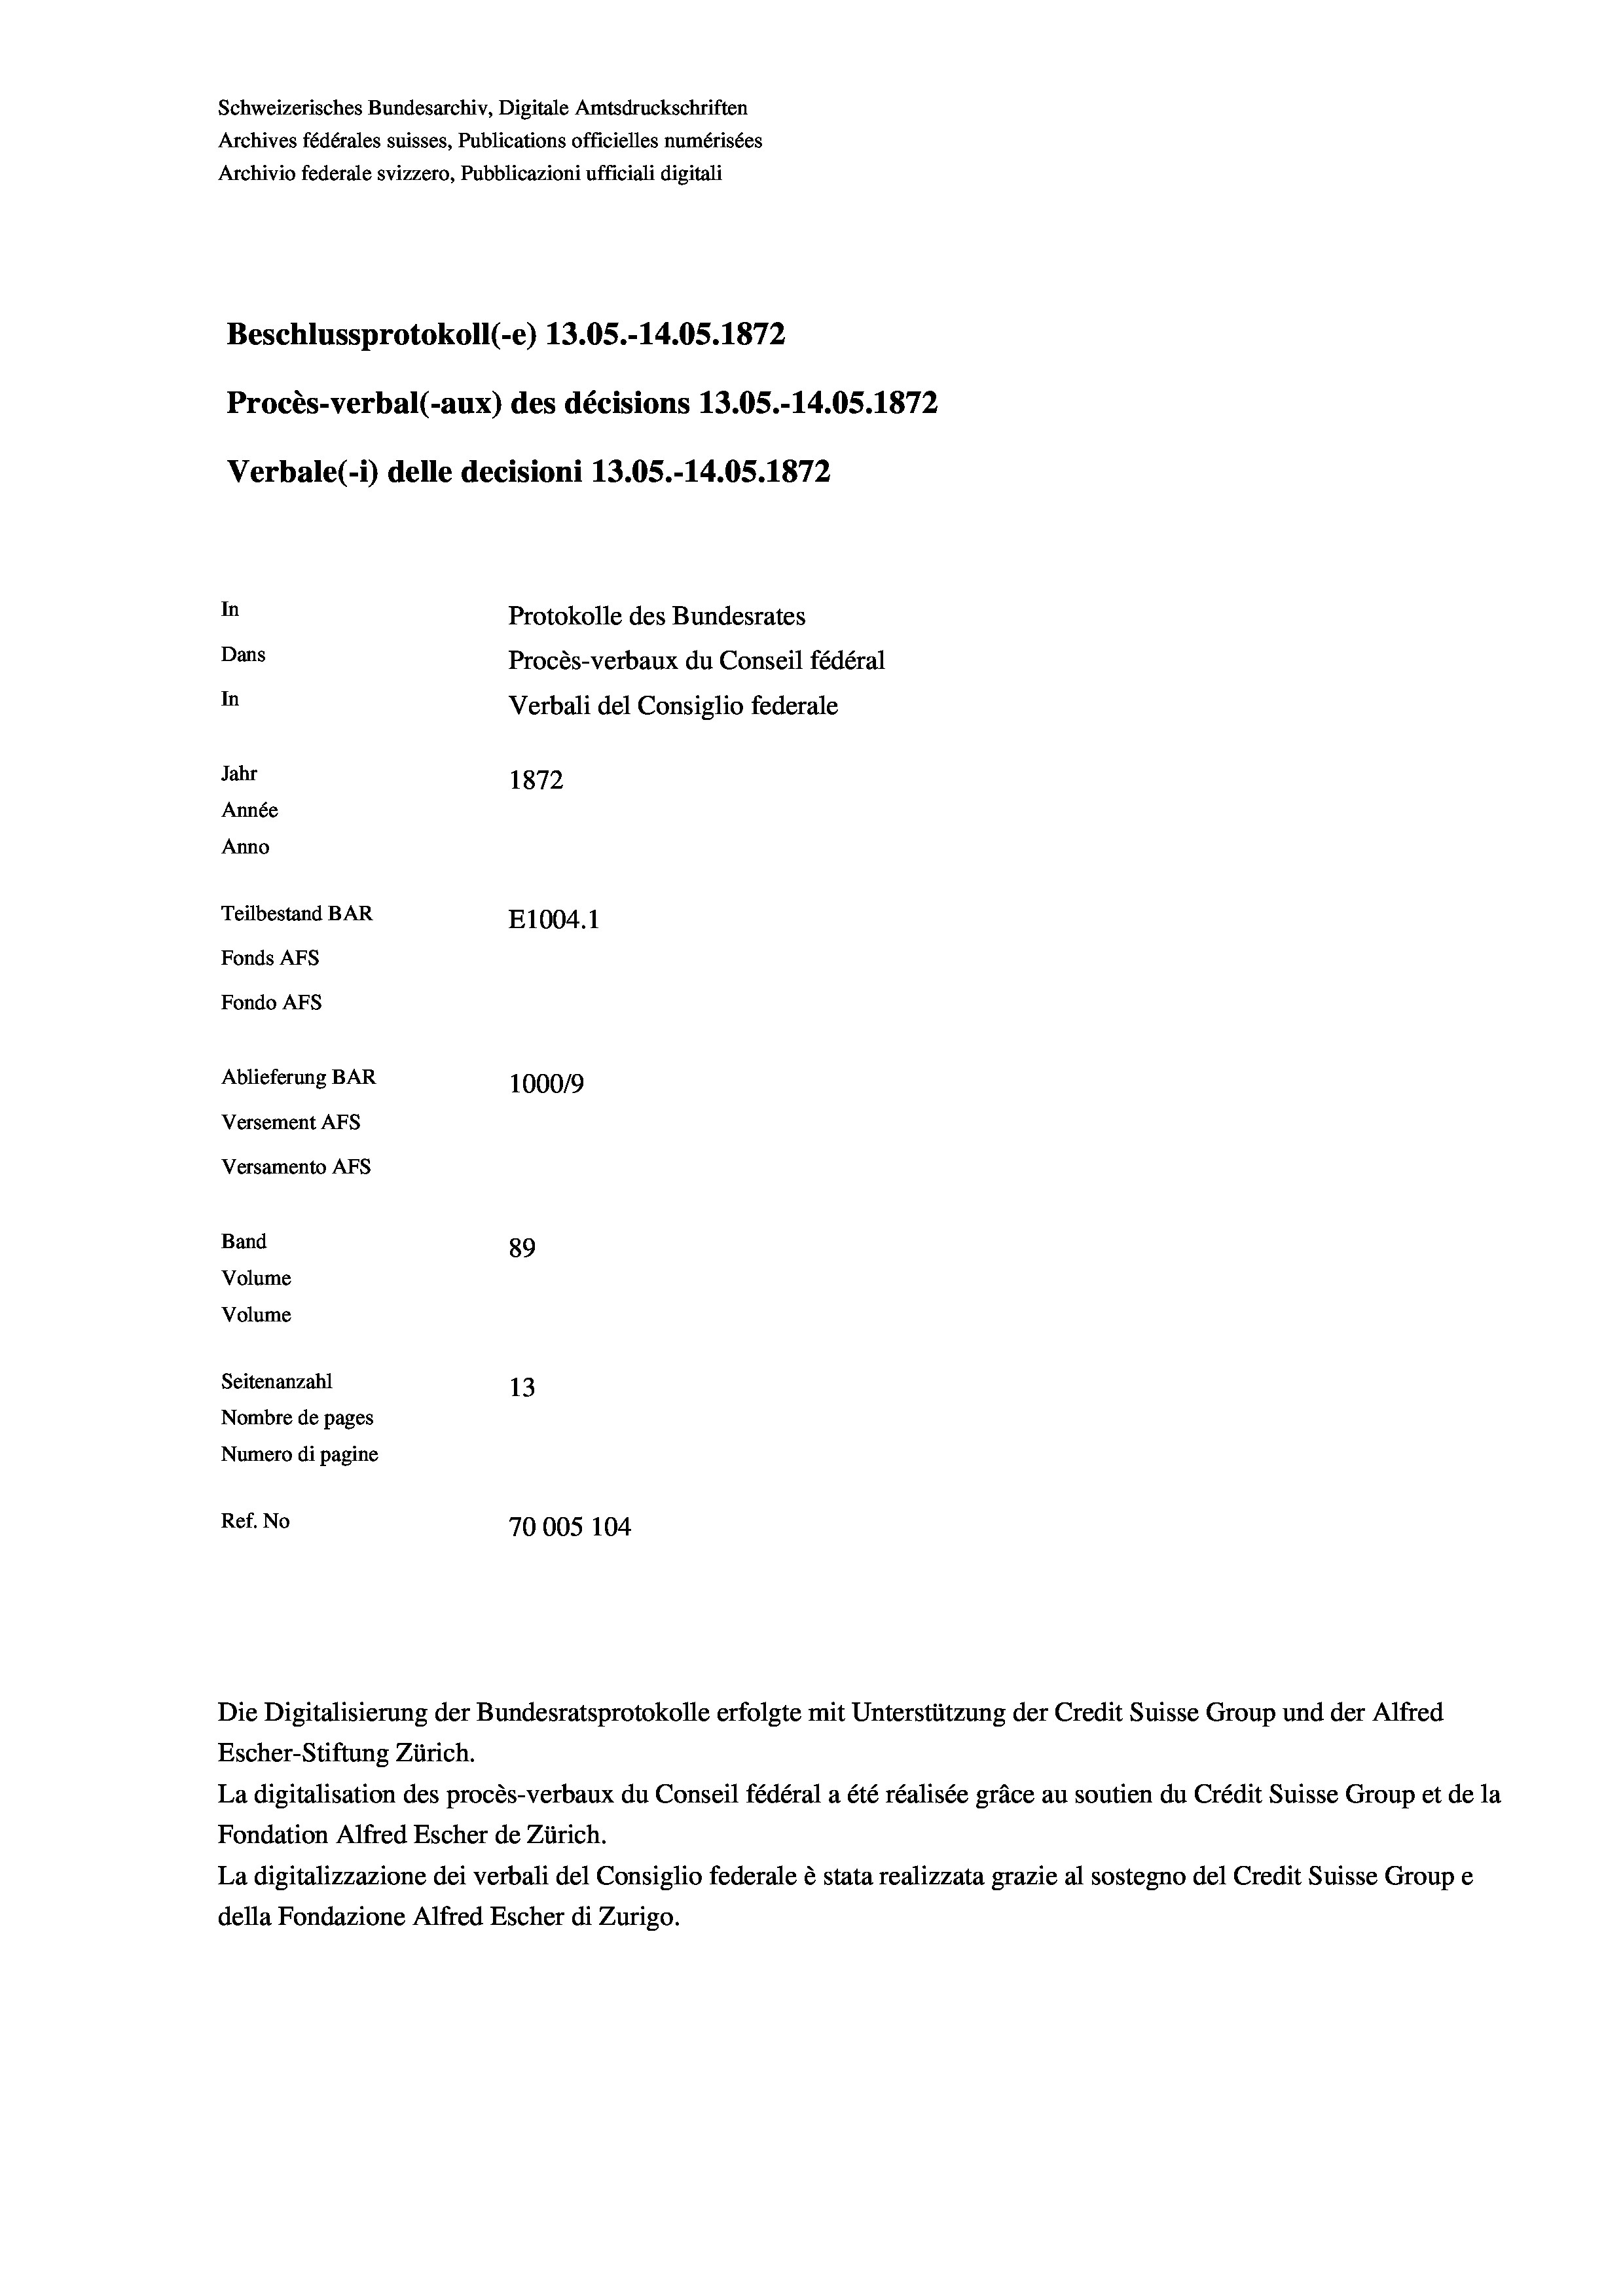
Schweizerisches Bundesarchiv, Digitale Amtsdruckschriften
Archives fédérales suisses, Publications officielles numérisées
Archivio federale svizzero, Pubblicazioni ufficiali digitali
Beschlussprotokoll (-e) 13.05.-14.05. 1872
Procès-verbal (-aux) des décisions 13.05.-14.05. 1872
Verbale(*) delle decisioni 13.05.-14.05. 1872
In
Protokolle des Bundesrates
Dans
Procès-verbaux du Conseil fédéral
In
Verbali del Consiglio federale
Jahr
1872
Année
Anno
Teilbestand BAR
E1004. 1
Fonds AFs
Fondo Afs
Ablieferung BAR
100019
Versement AFs
Versamento AFs
Band
89
Volume
Volume

Seitenanzahl
13
Nombre de pages
Numero di pagine
Ref. No
70005 104

Die Digitalisierung der Bundesratsprotokolle erfolgte mit Unterstützung der Credit Suisse Group und der Alfred
Escher-Stiftung Zürich.
La digitalisation des procès-verbaux du Conseil fédéral a été réalisée gräce au soutien du Crédit Suisse Group et de la
Fondation Alfred Escher de Zürich.
La digitalizzazione dei verbali del Consiglio federale è stata realizzata grazie al sostegno del Credit Suisse Groupe
della Fondazione Alfred Escher di Zurigo.